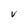
Character: v